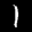
Label: 1